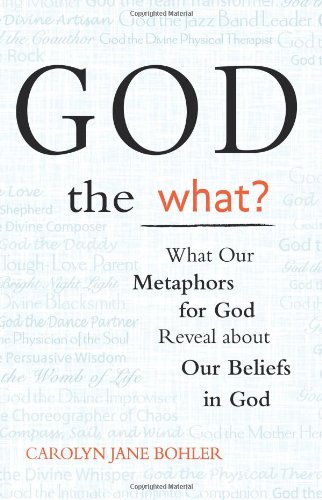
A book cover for God the What?: What Our Metaphors for God Reveal about Our Beliefs in God; Carolyn Jane Bohler; Religion & Spirituality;